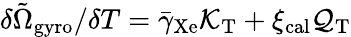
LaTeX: \delta\tilde{\Omega}_{\mathrm{gyro}}/{\delta T}=\bar{\gamma}_{\mathrm{Xe}}\mathcal{K}_{\mathrm{T}}+\xi_{\mathrm{cal}}\mathcal{Q}_{\mathrm{T}}